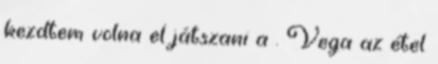
kezdtem volna el játszani a . Vega az étel